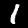
Label: 1